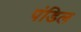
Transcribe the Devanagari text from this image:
पंडिल